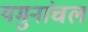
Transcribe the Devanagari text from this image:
यमुनांचल